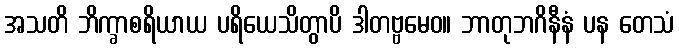
အသတိ ဘိက္ခာစရိယာယ ပရိယေသိတွာပိ ဒါတဗ္ဗမေဝ။ ဘာတုဘဂိနီနံ ပန တေသံ